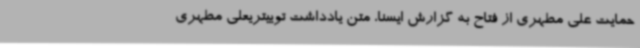
حمایت علی مطهری از فتاح به گزارش ایسنا، متن یادداشت توییتریعلی مطهری